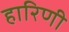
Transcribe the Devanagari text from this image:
हारिणी